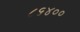
૮૬૪૦૦